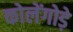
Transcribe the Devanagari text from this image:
कोलेंगोड़े